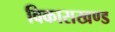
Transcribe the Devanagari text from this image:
विकासखण्‍ड